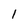
Character: l